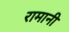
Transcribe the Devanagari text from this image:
रामानी